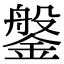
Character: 鎜